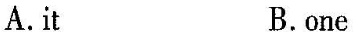
A.it B.one